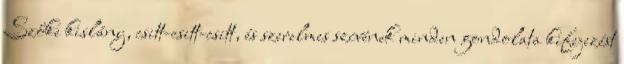
Szőke kislány, csitt-csitt-csitt, és szerelmes szívének minden gondolata kifejezést